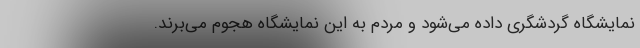
نمایشگاه گردشگری داده می‌شود و مردم به این نمایشگاه هجوم می‌برند.